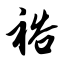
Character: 裕